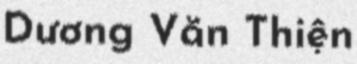
Dương Văn Thiện